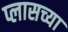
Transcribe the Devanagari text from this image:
प्लासच्या